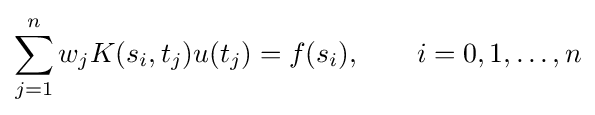
\sum _{j=1}^{n}w_{j}K(s_{i},t_{j})u(t_{j})=f(s_{i}),\qquad i=0,1,\dots ,n